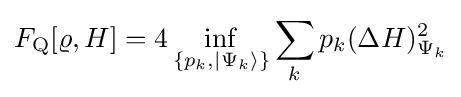
F_{\rm {Q}}[\varrho ,H]=4\inf _{\{p_{k},\vert \Psi _{k}\rangle \}}\sum _{k}p_{k}(\Delta H)_{\Psi _{k}}^{2}